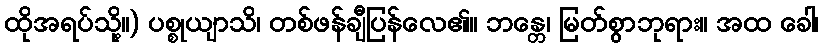
ထိုအရပ်သို့။) ပစ္စုယျာသိ၊ တစ်ဖန်ချီပြန်လေ၏။ ဘန္တေ၊ မြတ်စွာဘုရား။ အထ ခေါ၊